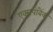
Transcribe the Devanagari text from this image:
एक्सपोबैंक